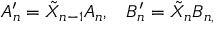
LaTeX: A _ { n } ^ { \prime } = \tilde { X } _ { n - 1 } A _ { n } , \; \; \; B _ { n } ^ { \prime } = \tilde { X } _ { n } B _ { n , } \; \; \;